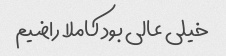
خیلی عالی بود کاملا راضیم